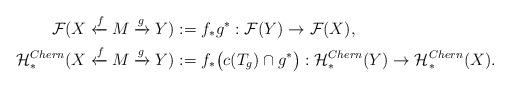
LaTeX: \begin{align*}\mathcal F(X \xleftarrow f M \xrightarrow g Y) &:=f_*g^*:\mathcal F(Y) \to \mathcal F(X), \\\mathcal H^{Chern}_*(X \xleftarrow f M \xrightarrow g Y) &:= f_* \bigl(c(T_g)\cap g^* \bigr):\mathcal H^{Chern}_*(Y) \to \mathcal H^{Chern}_*(X).\end{align*}